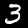
Label: 3